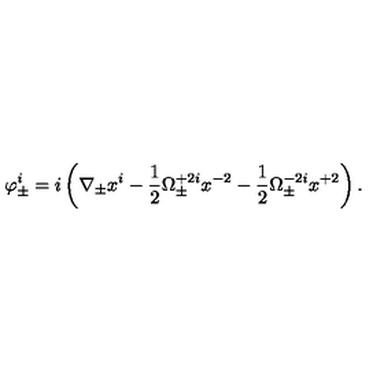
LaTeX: \varphi _ { \pm } ^ { i } = i \left( \nabla _ { \pm } x ^ { i } - \frac 1 2 \Omega _ { \pm } ^ { + 2 i } x ^ { - 2 } - \frac 1 2 \Omega _ { \pm } ^ { - 2 i } x ^ { + 2 } \right) .